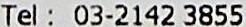
TEL: 03-2142 3855